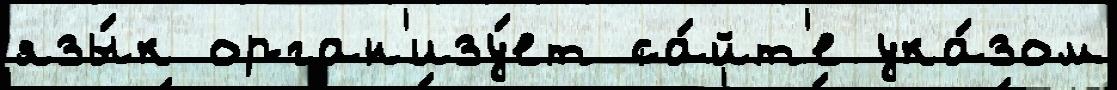
язы́к орган'изу́ет са́йт'е ука́зом